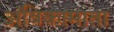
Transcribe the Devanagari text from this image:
अंबिकामाता